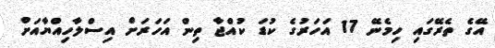
އޭގެ ތެރޭގައި ހިމެނޭ 17 އަހަރުގެ ކުޑަ ކުއްޖާ ތިން އަހަރަށް އިސްލާހިއްޔާއަށް